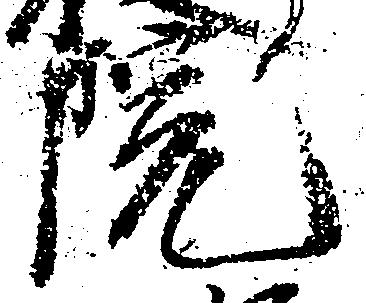
院